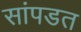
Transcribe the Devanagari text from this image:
सांपडत